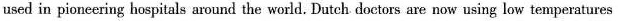
used in pioneering hospitals around the world. Dutch doctors are now using low temperatures